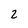
Character: 2